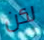
لكن